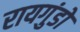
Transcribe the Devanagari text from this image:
रायगुंडो